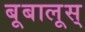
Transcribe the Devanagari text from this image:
बूबालूस्